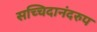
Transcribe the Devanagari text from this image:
सच्चिदानंदरुप